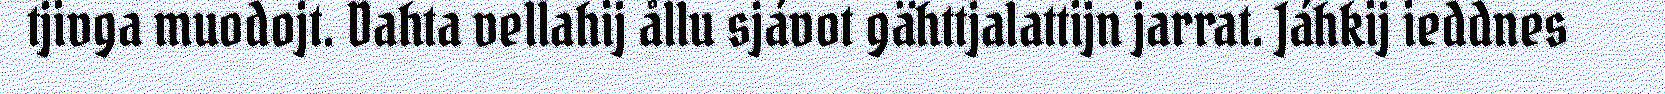
tjivga muodojt. Dahta vellahij ållu sjávot gähttjalattijn jarrat. Jáhkij ieddnes